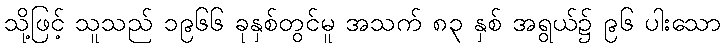
သို့ဖြင့် သူသည် ၁၉၆၆ ခုနှစ်တွင်မူ အသက် ၈၃ နှစ် အရွယ်၌ ၉၆ ပါးသော